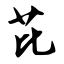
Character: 芘